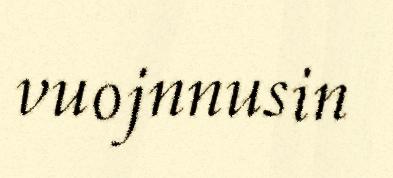
vuojnnusin